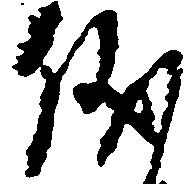
儀